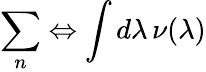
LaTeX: \sum_{n}\Leftrightarrow\int d\lambda\, \nu(\lambda)